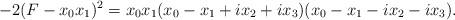
LaTeX: \begin{align*} -2 ( F - x_0 x_1 )^2 = x_0 x_1 ( x_0 - x_1 + i x_2 + i x_3 ) ( x_0 - x_1 - i x_2 - i x_3 ).\end{align*}